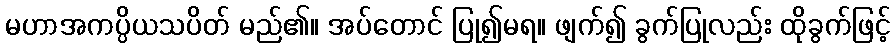
မဟာအကပ္ပိယသပိတ် မည်၏။ အပ်တောင် ပြု၍မရ။ ဖျက်၍ ခွက်ပြုလည်း ထိုခွက်ဖြင့်